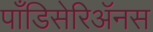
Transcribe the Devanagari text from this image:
पाँडिसेरिॲनस